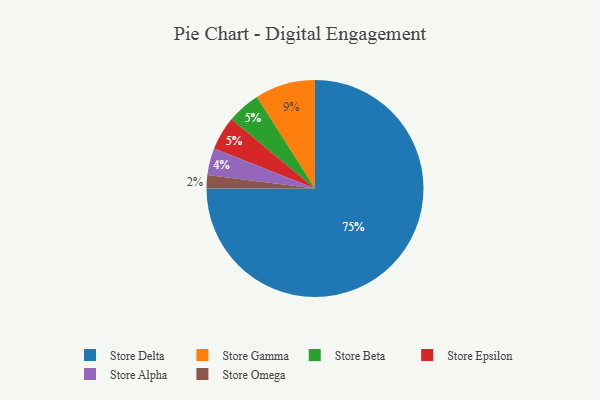
{"axis": {"x": "Category", "y": "Percentage"}, "legend": ["Store Alpha", "Store Beta", "Store Delta", "Store Epsilon", "Store Gamma", "Store Omega"], "data": [{"x": "Store Alpha", "y": 4, "type": "Store Alpha"}, {"x": "Store Beta", "y": 5, "type": "Store Beta"}, {"x": "Store Epsilon", "y": 5, "type": "Store Epsilon"}, {"x": "Store Delta", "y": 75, "type": "Store Delta"}, {"x": "Store Gamma", "y": 9, "type": "Store Gamma"}, {"x": "Store Omega", "y": 2, "type": "Store Omega"}]}